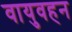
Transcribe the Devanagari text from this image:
वायुवहन